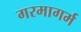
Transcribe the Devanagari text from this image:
गरमागर्म